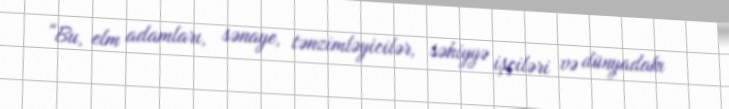
“Bu, elm adamları, sənaye, tənzimləyicilər, səhiyyə işçiləri və dünyadakı